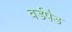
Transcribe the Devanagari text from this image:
वर्डपैड